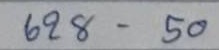
628 - 50